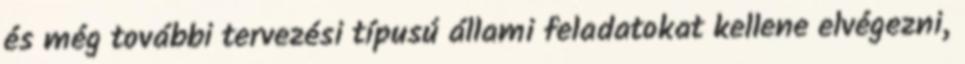
és még további tervezési típusú állami feladatokat kellene elvégezni,